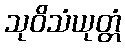
သုဝိသံယုတ္တံ